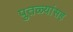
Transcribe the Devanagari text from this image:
पुतळ्यांसह